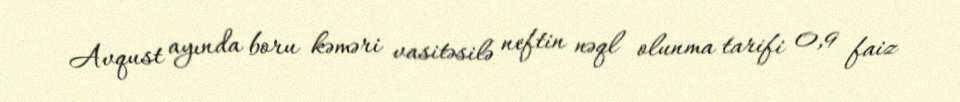
Avqust ayında boru kəməri vasitəsilə neftin nəql olunma tarifi 0,9 faiz